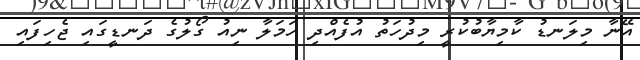
އޭނާ މިލަނޑު ކާމިޔާބުކުރީ މިދުހަތު އުފެއްދި ހަމަލާ ނިއު ގޯލުގެ ދަނޑީގައި ޖެހިފައި